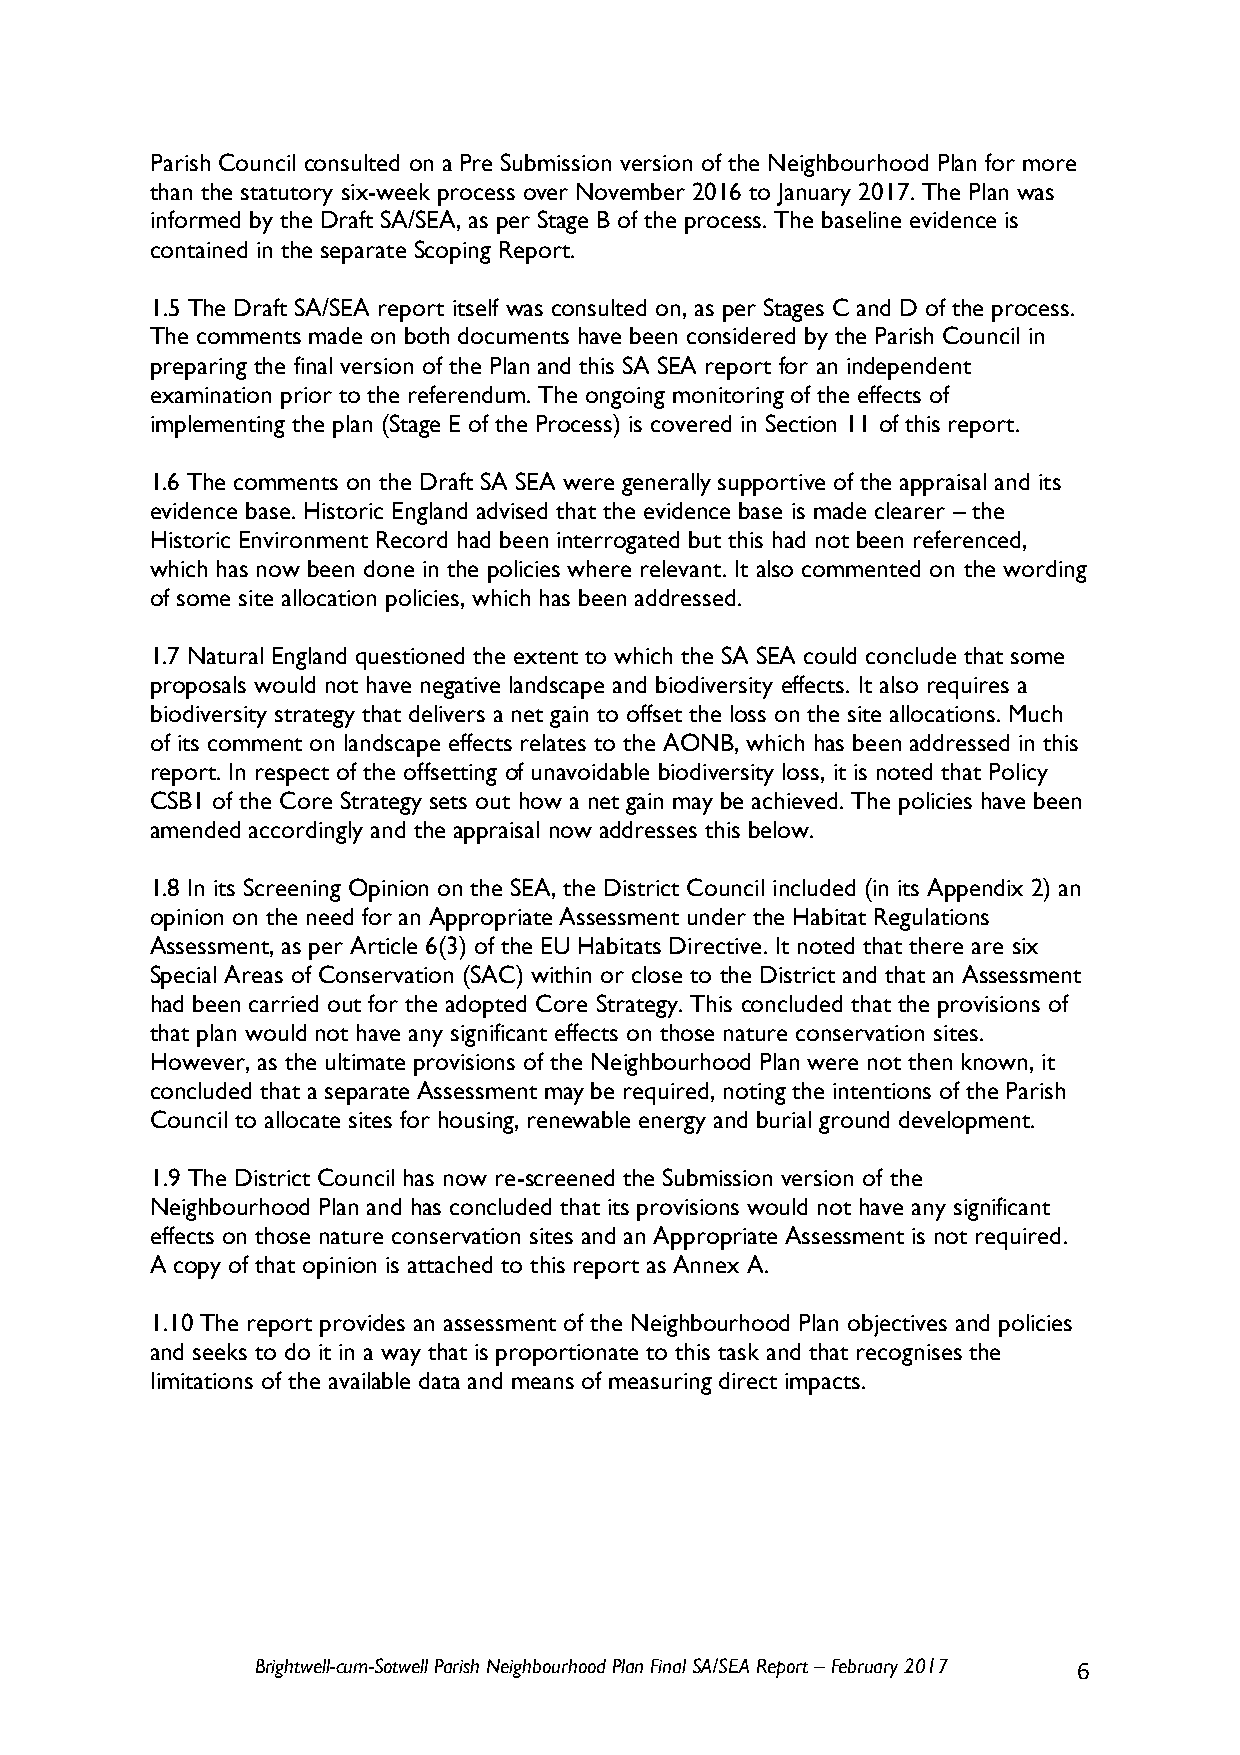
Parish Council consulted on a Pre Submission version of the Neighbourhood Plan for more
 than the statutory six-week process over November 2016 to January 2017. The Plan was
 informed by the Draft SA/SEA, as per Stage B of the process. The baseline evidence is
 contained in the separate Scoping Report.
 1.5 The Draft SA/SEA report itself was consulted on, as per Stages C and D of the process.
 The comments made on both documents have been considered by the Parish Council in
 preparing the final version of the Plan and this SA SEA report for an independent
 examination prior to the referendum. The ongoing monitoring of the effects of
 implementing the plan (Stage E of the Process) is covered in Section 11 of this report.
 1.6 The comments on the Draft SA SEA were generally supportive of the appraisal and its
 evidence base. Historic England advised that the evidence base is made clearer – the
 Historic Environment Record had been interrogated but this had not been referenced,
 which has now been done in the policies where relevant. It also commented on the wording
 of some site allocation policies, which has been addressed.
 1.7 Natural England questioned the extent to which the SA SEA could conclude that some
 proposals would not have negative landscape and biodiversity effects. It also requires a
 biodiversity strategy that delivers a net gain to offset the loss on the site allocations. Much
 of its comment on landscape effects relates to the AONB, which has been addressed in this
 report. In respect of the offsetting of unavoidable biodiversity loss, it is noted that Policy
 CSB1 of the Core Strategy sets out how a net gain may be achieved. The policies have been
 amended accordingly and the appraisal now addresses this below.
 1.8 In its Screening Opinion on the SEA, the District Council included (in its Appendix 2) an
 opinion on the need for an Appropriate Assessment under the Habitat Regulations
 Assessment, as per Article 6(3) of the EU Habitats Directive. It noted that there are six
 Special Areas of Conservation (SAC) within or close to the District and that an Assessment
 had been carried out for the adopted Core Strategy. This concluded that the provisions of
 that plan would not have any significant effects on those nature conservation sites.
 However, as the ultimate provisions of the Neighbourhood Plan were not then known, it
 concluded that a separate Assessment may be required, noting the intentions of the Parish
 Council to allocate sites for housing, renewable energy and burial ground development.
 1.9 The District Council has now re-screened the Submission version of the
 Neighbourhood Plan and has concluded that its provisions would not have any significant
 effects on those nature conservation sites and an Appropriate Assessment is not required.
 A copy of that opinion is attached to this report as Annex A.
 1.10 The report provides an assessment of the Neighbourhood Plan objectives and policies
 and seeks to do it in a way that is proportionate to this task and that recognises the
 limitations of the available data and means of measuring direct impacts.
 Brightwell-cum-Sotwell Parish Neighbourhood Plan Final SA/SEA Report – February 2017 6